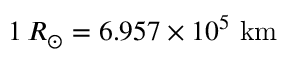
1 \, R _ { \odot } = 6 . 9 5 7 \times 1 0 ^ { 5 } { \mathrm { ~ k m } }